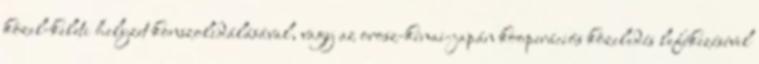
közel-keleti helyzet konszolidálásával, vagy az orosz-kínai-japán kooperációs közeledés lefékezésével